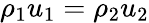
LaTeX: \rho_{1}u_{1}=\rho_{2}u_{2}